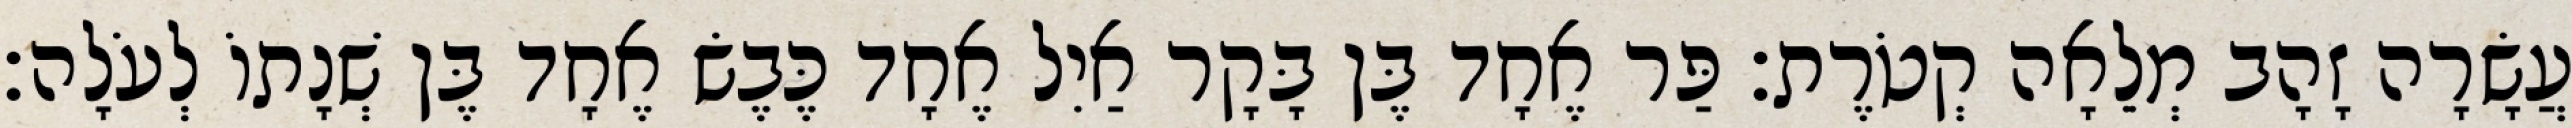
עֲשָׂרָה זָהָב מְלֵאָה קְטֹרֶת׃ פַּר אֶחָד בֶּן בָּקָר אַיִל אֶחָד כֶּבֶשׂ אֶחָד בֶּן שְׁנָתוֹ לְעֹלָה׃